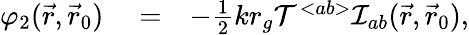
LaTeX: \begin{array}{rlr}{\varphi_{2}(\vec{r},\vec{r}_{0})}&{{}=}&{-{\textstyle\frac{1}{2}}kr_{g}{\cal T}^{<ab>}{\cal I}_{ab}(\vec{r},\vec{r}_{0}),}\end{array}